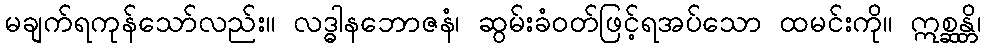
မချက်ရကုန်သော်လည်း။ လဒ္ဓါနဘောဇနံ၊ ဆွမ်းခံဝတ်ဖြင့်ရအပ်သော ထမင်းကို။ ဣစ္ဆန္တိ၊